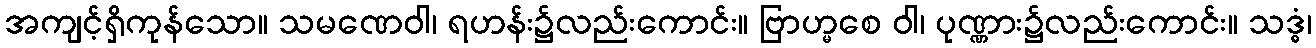
အကျင့်ရှိကုန်သော။ သမဏေဝါ၊ ရဟန်း၌လည်းကောင်း။ ဗြာဟ္မစေ ဝါ၊ ပုဏ္ဏား၌လည်းကောင်း။ သဒ္ဓံ၊